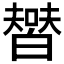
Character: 𤾞